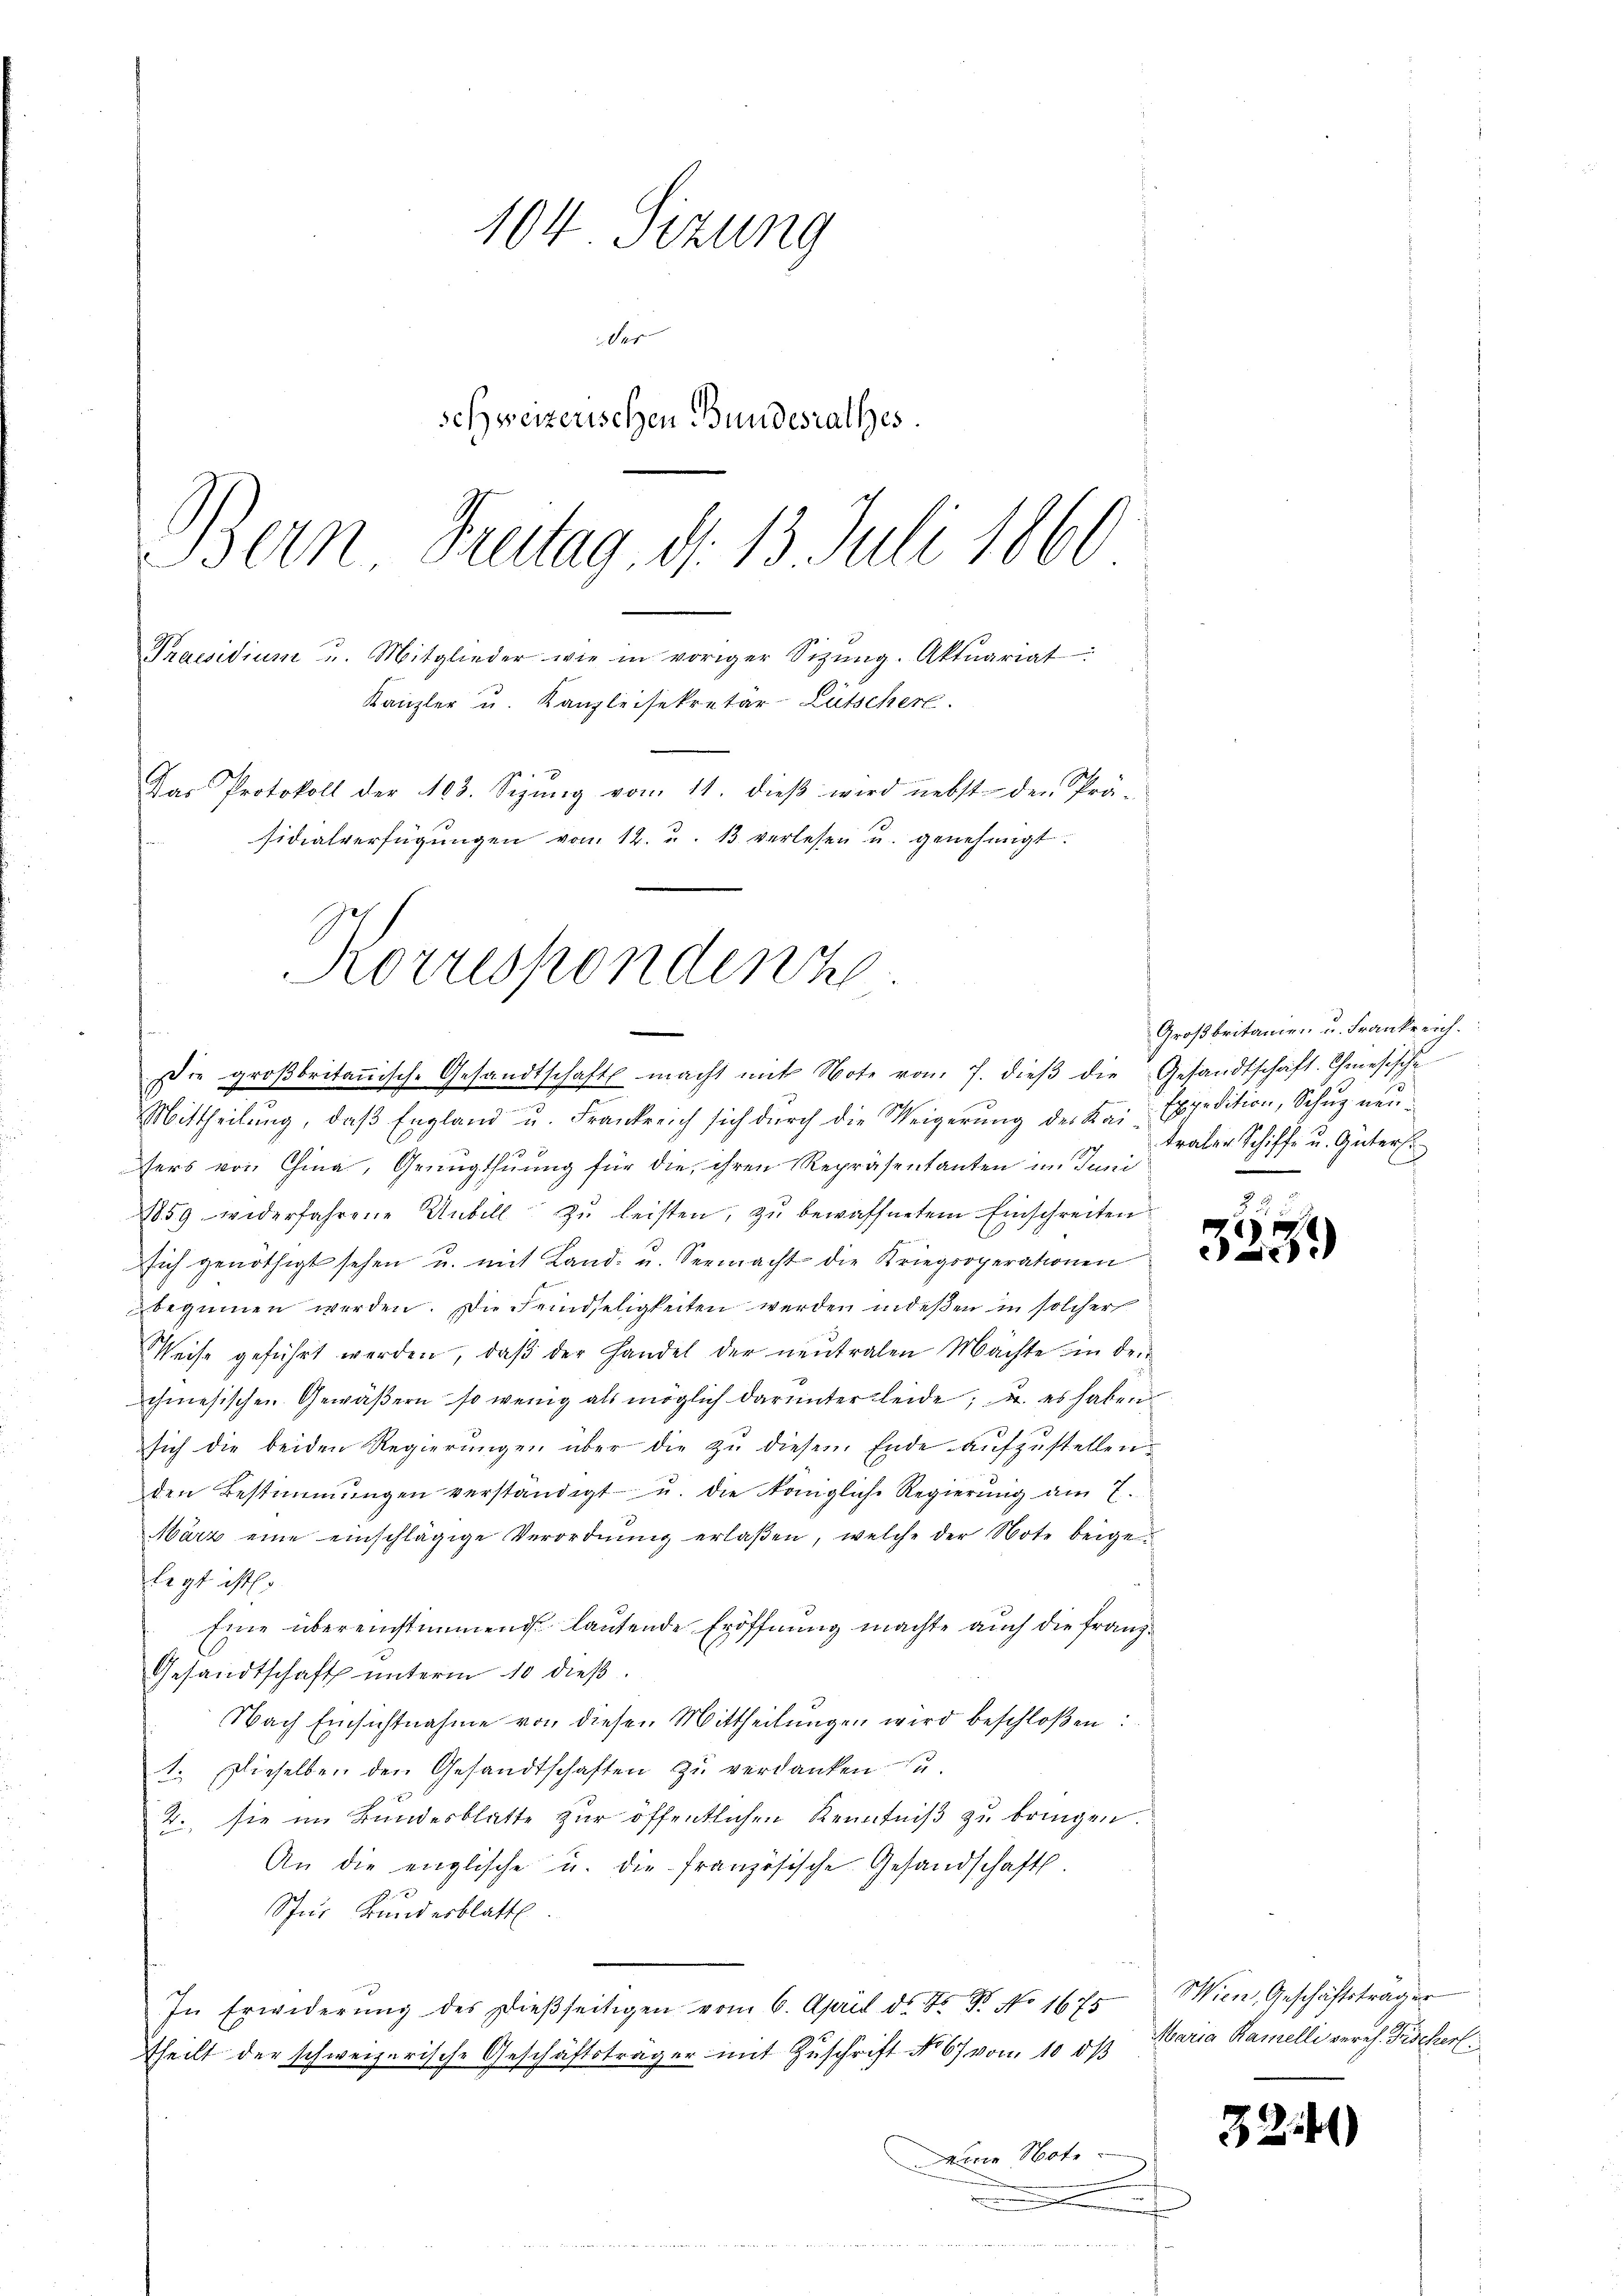
104. Sitzung
Ser
schweizerischen Bundesrathes
Bern, Freitag, d. 13 Juli 1860
Praesidium u. Mitglieder wie in voriger Sizŭng. Aktuariat:
Kanzler u. Kanzleisekretär-Lütscher.
Das Protokoll der 103. Sizŭng vom 11. dieβ wird nebst der Prä-
sidialverfügŭngen vom 12. u. 13 verlesen u. genehmigt.

Korrespondern
ie groβbritanische Gesandtschaft macht mit Note vom 7. dieβ die Gesandtschaft. Chiesische

Mittheilŭng, daβ England u. Frankreich sich dŭrch die Weigerŭng der Kai-Expedition, Schŭz neu
1
ers von China, Genugthuung für die ihren Repräsentanten im Juni
1859 wederfahrene Unbill zŭ leisten, zu bewaffnetem Einschreiten
sich genöthigt sehen u. mit Land- u. Seemacht die Kriegsoperationen
beginnen werden. Die Feindseligkeiten werden indeßen in solcher
Weise geführt werden, daβ der Handel der neutralen Mächte in den
chmesischen Gewäßern, so wenig als möglich darunter leide, u. es haben
sich die beiden Regierungen über die zu diesem Ende aufzustellen,
den Bestimmungen verständigt u. die königliche Regierŭng am 7.
März eine einschlägige Verordnŭng erlaßen, welche der Note beigelegt ist.
Eine übereinstimmend lautende Eröffnung machte auch die Franz¬
Gesandtschaft unterm 10 dieß.
Nach Einsichtnahme von diesen Mittheilungen wird beschloßen:
1. Dieselben den Gesandtschaften zŭ verdanken u.
2., sie im Bundesblatte zur öffentlichen Kenntniß zu bringen.
An die englische u. die französische Gesandschaft.
Spur Kunderblatt.
In Erwiderŭng des dieβseitigen vom 6. April ds. Z. B. No 1675
theilt der schweizerische Geschäftsträger mit Zuschrift No 67 vom 10. ds. Maria Ramelli vereh. Fischerl
Deine Note
.

Großbritanien u. Frankreich.
traben Schiffe u. Güters

35

Wien, Geschäftsträger

3

)

)